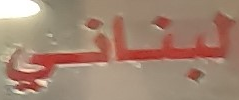
لبناني